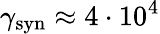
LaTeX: \gamma_{\mathrm{syn}}\approx 4\cdot 10^{4}